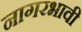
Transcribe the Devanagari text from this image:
नागरभावी